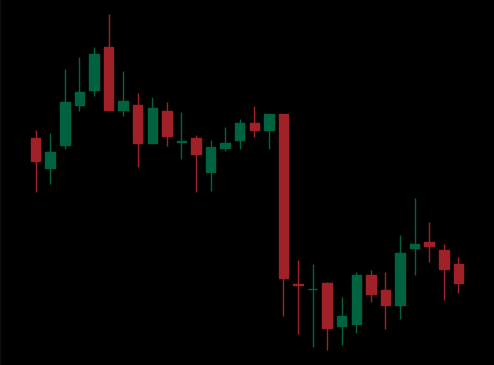
Pattern: unclassified